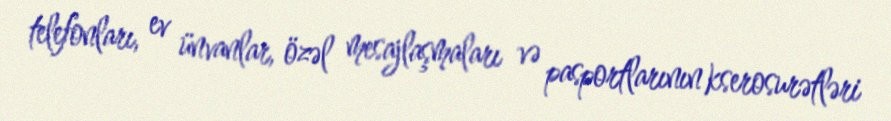
telefonları, ev ünvanlar, özəl mesajlaşmaları və pasportlarının kserosurətləri